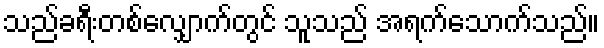
သည်ခရီးတစ်လျှောက်တွင် သူသည် အရက်သောက်သည်။